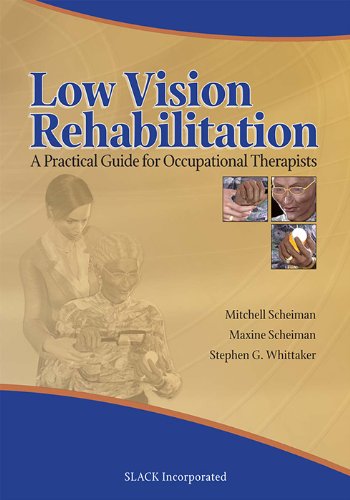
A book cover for Low Vision Rehabilitation: A Practical Guide for Occupational Therapists; Mitchell Scheiman OD  FCOVD  FAAO; Medical Books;